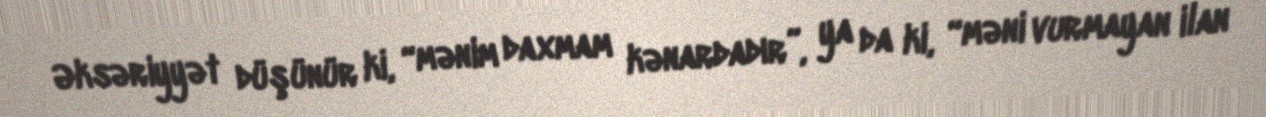
Əksəriyyət düşünür ki, “mənim daxmam kənardadır”, ya da ki, “məni vurmayan ilan